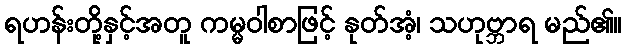
ရဟန်းတို့နှင့်အတူ ကမ္မဝါစာဖြင့် နုတ်အံ့၊ သဟုဗ္ဘာရ မည်၏။